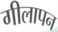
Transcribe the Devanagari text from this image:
गीलापन